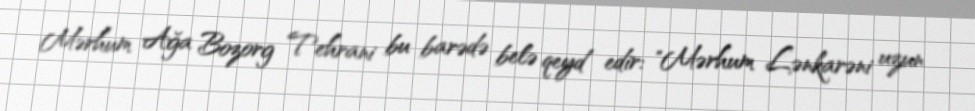
Mərhum Ağa Bozorg Tehrani bu barədə belə qeyd edir: "Mərhum Lənkarəni uzun